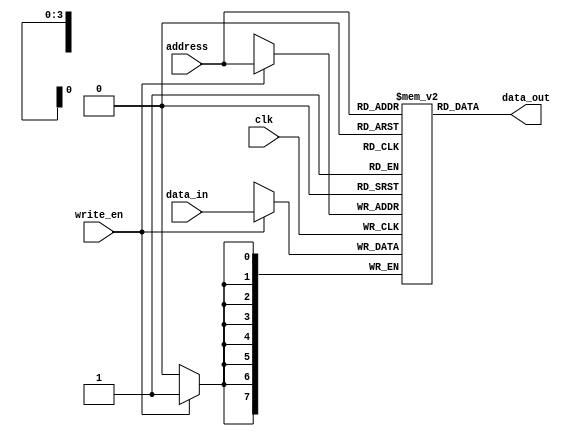

// Single port RAM with asynchronous read
// The size of the RAM is 16 x 8bit words
module ram_sp_async_read(
    input clk,
	input [7:0] data_in,  // 8bit intput word
	input [3:0] address,  // for 16 locations
	input write_en,       // active high
	output [7:0] data_out // 8bit output word
    );
	
	// Declare a bidimentional array for the RAM
	reg [7:0] ram [0:15];
	
	// RAMs don't have reset. 
	// The default value from each location is X.
	// The write is synchronous
	always @(posedge clk) begin
	    if (write_en) begin
		    ram[address] <= data_in;
	    end
	end

    // The read is asynchronous
	assign data_out = ram[address];

endmodule